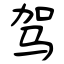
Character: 驾